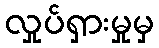
လှုပ်ရှားမှုမှ